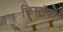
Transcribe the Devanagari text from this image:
क्रिस्टॉफर